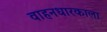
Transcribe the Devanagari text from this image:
वाहनधारकाला